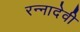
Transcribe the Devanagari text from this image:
रन्‍नादेवी